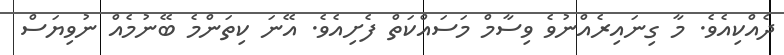
ދެއްކިއެވެ. މާ ގިނައިރެއްނުވެ ވިސާމް މަސައްކަތް ފެށިއެވެ. އޭނަ ކިތަންމެ ބޭނުމެއް ނުވިޔަސް